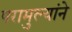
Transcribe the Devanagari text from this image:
परामुल्यांने